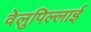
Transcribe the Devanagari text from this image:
वेलुपिल्लाई